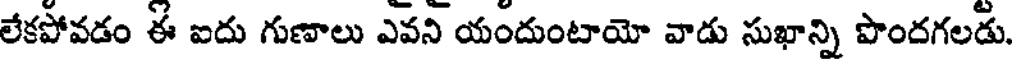
లేకపోవడం ఈ ఐదు గుణాలు ఎవని యందుంటాయో వాడు సుఖాన్ని పొందగలడు.